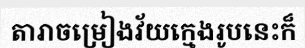
តារាចម្រៀងវ័យក្មេងរូបនេះក៏